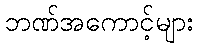
ဘဏ်အကောင့်များ